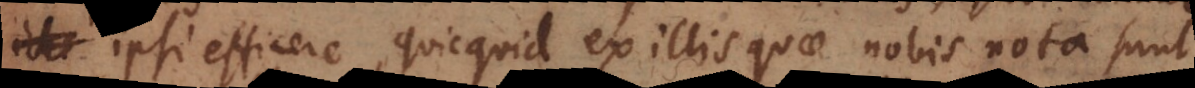
ipsi efficere, quicquid ex illis quae nobis nota sunt